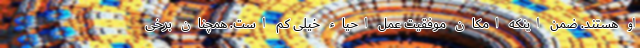
او هستند. ضمن اینکه امکان موفقیت عمل احیاء خیلی کم است. همچنان برخی